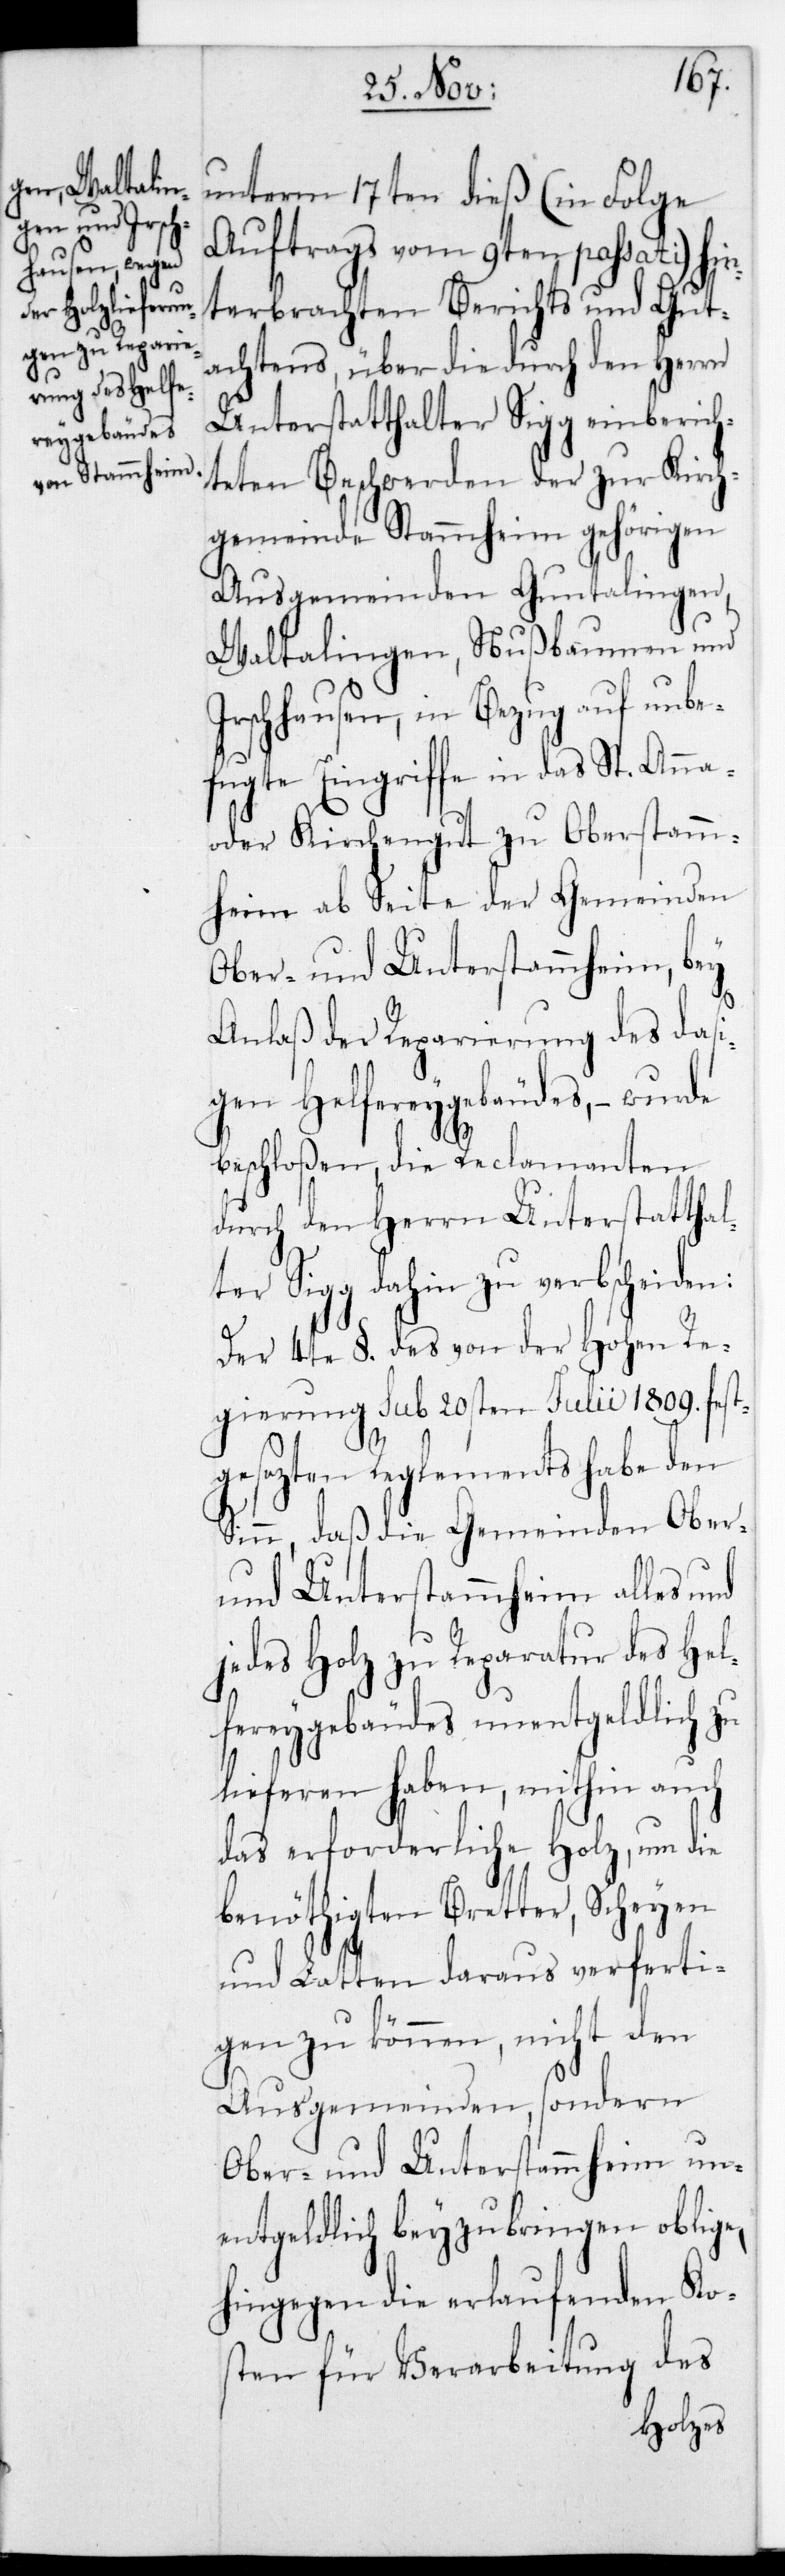
Ir¬
unterm 17ten dieß (in Folge
Auftrags vom 9ten passati) hi¬
nterbrachten Berichts und Gut¬
achtens, über die durch den Herrn
Unterstatthalter Sigg einberich¬
teten Beschwerden der zur Kirch¬
gemeinde Stammheim gehörigen
Ausgemeinden Guntalingen,
Waltalingen, Nußbaumen und
schhausen, in Bezug auf unbe¬
fugte Eingriffe in das St. Anna-
oder Kirchengut zu Oberstamm¬
heim ab Seite der Gemeinden
Ober- und Unterstammheim, bey
Anlaß der Reparierung des das¬
igen Helfereygebäudes, – wurde
beschloßen, die Reclamanten
durch den Herrn Unterstatthal¬
ter Sigg dahin zu verbscheiden:
Der 4te §.. des von der Hohen Re¬
gierung sub 20sten Julii 1809. fest¬
gesetzten Reglements habe den
Sinn, daß die Gemeinden Ober-
und Unterstammheim alles und
jedes Holz zu Reparatur des Hel¬
fereygebäudes unentgeldlich zu
lieferen haben, mithin auch
das erforderliche Holz, um die
benöthigten Bretter, Scheyen
und Latten daraus verferti¬
gen zu können, nicht den
Ausgemeinden, sondern
Ober- und Unterstammheim un¬
entgeldlich beyzubringen obliege,
hingegen die erlaufenden Ko¬
sten für Verarbeitung des